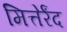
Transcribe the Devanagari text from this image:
मित्तेर्रंद